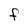
Character: F